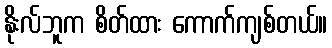
နိုးလ်ဘူက စိတ်ထား ကောက်ကျစ်တယ်။